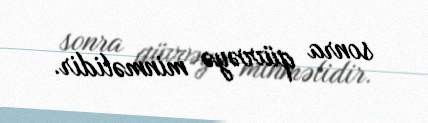
sonra qüvvəyə minməlidir.